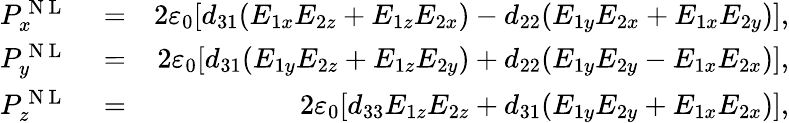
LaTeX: \begin{array}{rlr}{P_{x}^{\mathrm{~N~L~}}}&{{}=}&{2\varepsilon_{0}[d_{31}(E_{1x}E_{2z}+E_{1z}E_{2x})-d_{22}(E_{1y}E_{2x}+E_{1x}E_{2y})],}\\ {P_{y}^{\mathrm{~N~L~}}}&{{}=}&{2\varepsilon_{0}[d_{31}(E_{1y}E_{2z}+E_{1z}E_{2y})+d_{22}(E_{1y}E_{2y}-E_{1x}E_{2x})],}\\ {P_{z}^{\mathrm{~N~L~}}}&{{}=}&{2\varepsilon_{0}[d_{33}E_{1z}E_{2z}+d_{31}(E_{1y}E_{2y}+E_{1x}E_{2x})],}\end{array}